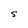
Character: S